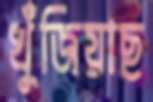
খুঁজিয়াছ